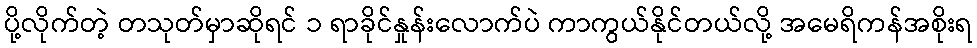
ပို့လိုက်တဲ့ တသုတ်မှာဆိုရင် ၁ ရာခိုင်နှုန်းလောက်ပဲ ကာကွယ်နိုင်တယ်လို့ အမေရိကန်အစိုးရ